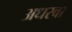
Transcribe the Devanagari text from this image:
अधरवा